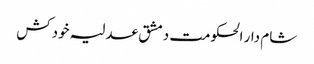
شام دار الحکومت دمشق عدلیہ خودکش